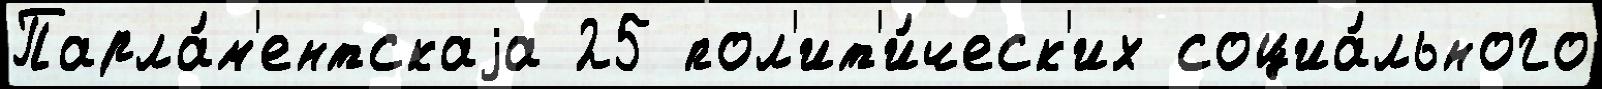
Парла́м'ентскаjа 25 пол'ит'и́ческ'их социа́льного